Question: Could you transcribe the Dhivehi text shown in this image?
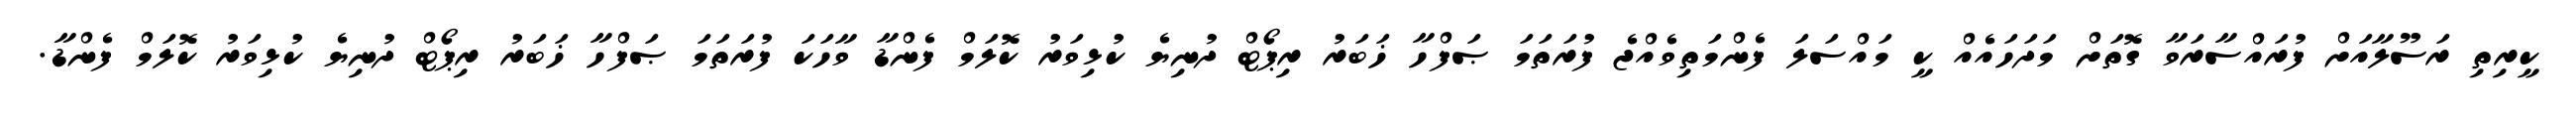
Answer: ކީރިތި ރަސޫލާއަށް ފުރައްސާރަވާ ގޮތަށް މަދަހައެއް ކީ މައްސަލަ ފެންމަތިވެއްޖެ ފުރަތަމަ ޞަފްހާ ޚަބަރު ރިޕޯޓް ދުނިޔެ ކުޅިވަރު ކޮލަމް ފެންޑާ ވާހަކަ ފުރަތަމަ ޞަފްހާ ޚަބަރު ރިޕޯޓް ދުނިޔެ ކުޅިވަރު ކޮލަމް ފެންޑާ.